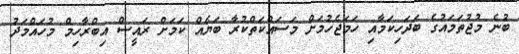
ބުނެ މުޖުތަމައުގެ ބަދަހިކަމާއި ހަމަޖެހުމަށް މަސައްކަތްކުރާ ބަޔެއް ކަމަށް ރައީސް އިބްރާހިމް މުހައްމަދު